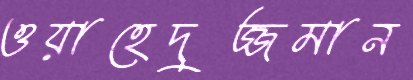
ওয়াহেদুজ্জমান